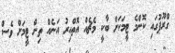
ގްރޫޕުގައި ކޮންމެ ޓީމަކަށް ބާކީ މެޗެއް އޮތްއިރު އަނެއް ތިން ޓީމަށް ވެސް